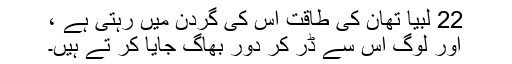
22 لبیا تھان کی طاقت اس کی گردن میں رہتی ہے ،
اور لوگ اس سے ڈر کر دور بھاگ جایا کر تے ہیں۔